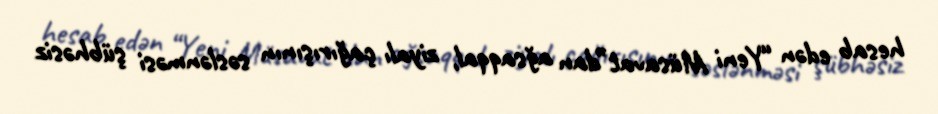
hesab edən “Yeni Müsavat”dan ağsaqqal, ziyalı çağırışının səslənməsi şübhəsiz